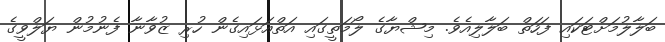
ބަލާލުމަށްޓަކައި ފަހަތް ބަލާލިއެވެ. މިޝްޔާގެ ލޯމަތީގައި އަތްއަޅައިގެން ހުރި ޒުވާނާ ފެނުމުން ޔަލްވީގެ